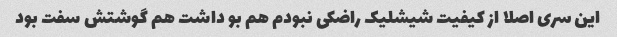
این سری اصلا از کیفیت شیشلیک راضکی نبودم هم بو داشت هم گوشتش سفت بود